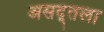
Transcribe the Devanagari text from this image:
असद्तला